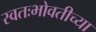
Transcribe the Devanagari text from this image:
स्वतःभोवतीच्या